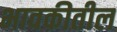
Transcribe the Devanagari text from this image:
भावकीतील